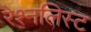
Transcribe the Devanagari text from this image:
रेश्नलिस्ट